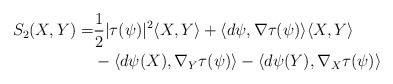
LaTeX: \begin{align*}S_2(X,Y)=&\frac{1}{2}|\tau(\psi)|^2\langle X,Y\rangle+\langle d\psi,\nabla\tau(\psi)\rangle\langle X,Y\rangle\\&-\langle d\psi(X),\nabla_Y\tau(\psi)\rangle-\langle d\psi(Y),\nabla_X\tau(\psi)\rangle\end{align*}